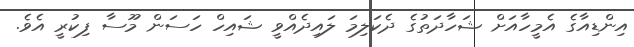
އިންޑިއާގެ އެމީހާއަށް ޝަހާދަތުގެ ދެކަލިމަ ލައިދެއްވީ ޝައިހް ހަސަން މޫސާ ފިކުރީ އެވެ.